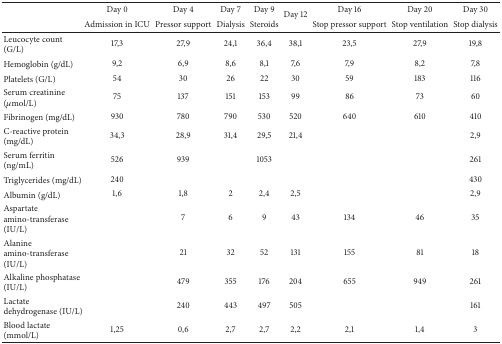
<table><thead><tr><td><b> </b></td><td><b>Day 0</b></td><td><b>Day 4</b></td><td><b>Day 7</b></td><td><b>Day 9</b></td><td rowspan="2"><b>Day 12</b></td><td><b>Day 16</b></td><td><b>Day 20</b></td><td><b>Day 30</b></td></tr><tr><td><b> </b></td><td><b>Admission in ICU</b></td><td><b>Pressor support</b></td><td><b>Dialysis</b></td><td><b>Steroids</b></td><td><b>Stop pressor support</b></td><td><b>Stop ventilation</b></td><td><b>Stop dialysis</b></td></tr></thead><tbody><tr><td>Leucocyte count (G/L)</td><td>17,3</td><td>27,9</td><td>24,1</td><td>36,4</td><td>38,1</td><td>23,5</td><td>27,9</td><td>19,8</td></tr><tr><td>Hemoglobin (g/dL)</td><td>9,2</td><td>6,9</td><td>8,6</td><td>8,1</td><td>7,6</td><td>7,9</td><td>8,2</td><td>7,8</td></tr><tr><td>Platelets (G/L)</td><td>54</td><td>30</td><td>26</td><td>22</td><td>30</td><td>59</td><td>183</td><td>116</td></tr><tr><td>Serum creatinine (<i>μ</i>mol/L)</td><td>75</td><td>137</td><td>151</td><td>153</td><td>99</td><td>86</td><td>73</td><td>60</td></tr><tr><td>Fibrinogen (mg/dL)</td><td>930</td><td>780</td><td>790</td><td>530</td><td>520</td><td>640</td><td>610</td><td>410</td></tr><tr><td>C-reactive protein (mg/dL)</td><td>34,3</td><td>28,9</td><td>31,4</td><td>29,5</td><td>21,4</td><td> </td><td> </td><td>2,9</td></tr><tr><td>Serum ferritin (ng/mL)</td><td>526</td><td>939</td><td> </td><td>1053</td><td> </td><td> </td><td> </td><td>261</td></tr><tr><td>Triglycerides (mg/dL)</td><td>240</td><td> </td><td> </td><td> </td><td> </td><td> </td><td> </td><td>430</td></tr><tr><td>Albumin (g/dL)</td><td>1,6</td><td>1,8</td><td>2</td><td>2,4</td><td>2,5</td><td> </td><td> </td><td>2,9</td></tr><tr><td>Aspartate amino-transferase (IU/L)</td><td> </td><td>7</td><td>6</td><td>9</td><td>43</td><td>134</td><td>46</td><td>35</td></tr><tr><td>Alanine amino-transferase (IU/L)</td><td> </td><td>21</td><td>32</td><td>52</td><td>131</td><td>155</td><td>81</td><td>18</td></tr><tr><td>Alkaline phosphatase (IU/L)</td><td> </td><td>479</td><td>355</td><td>176</td><td>204</td><td>655</td><td>949</td><td>261</td></tr><tr><td>Lactate dehydrogenase (IU/L)</td><td> </td><td>240</td><td>443</td><td>497</td><td>505</td><td> </td><td> </td><td>161</td></tr><tr><td>Blood lactate (mmol/L)</td><td>1,25</td><td>0,6</td><td>2,7</td><td>2,7</td><td>2,2</td><td>2,1</td><td>1,4</td><td>3</td></tr></tbody></table>